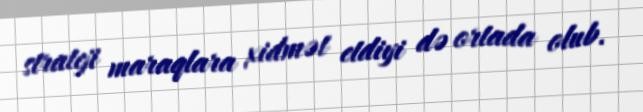
strateji maraqlara xidmət etdiyi də ortada olub.